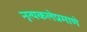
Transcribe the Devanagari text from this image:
नृत्यकलेप्रमाणे